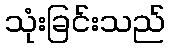
သုံးခြင်းသည်